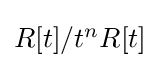
\textstyle R[t]/t^{n}R[t]